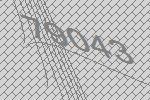
79043